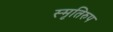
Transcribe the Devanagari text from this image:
स्मृतिरुप